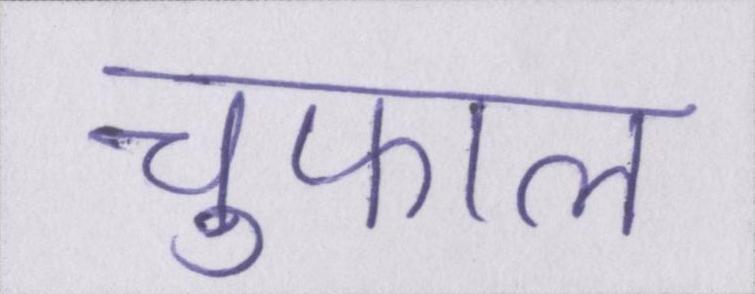
चुफाल